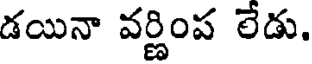
డయినా వర్ణింప లేడు.